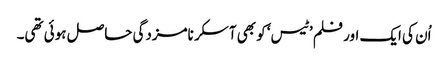
اُن کی ایک اور فلم ’ٹیس‘ کو بھی آسکر نامزدگی حاصل ہوئی تھی۔